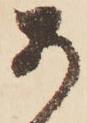
あ